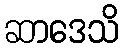
ဆာဒေသိ